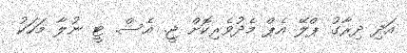
އަދި ދިރާގު ޕްލޭ އެޕް މެދުވެރިކޮށް ޖީ. އެސް. ޓީ ނުލާ މަހަކު